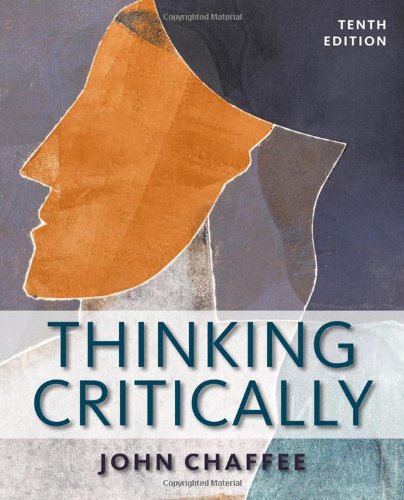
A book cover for Thinking Critically (Available Titles Aplia); John Chaffee; Politics & Social Sciences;